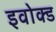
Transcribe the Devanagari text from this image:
इवोक्ड